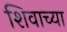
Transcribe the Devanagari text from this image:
शिवाच्या